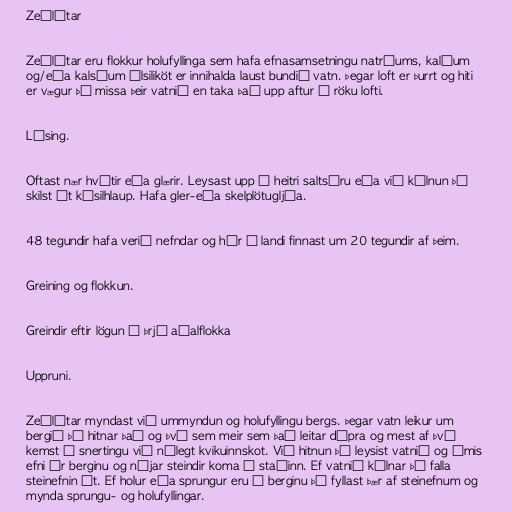
Zeólítar

Zeólítar eru flokkur holufyllinga sem hafa efnasamsetningu natríums, kalíum
og/eða kalsíum álsiliköt er innihalda laust bundið vatn. Þegar loft er þurrt og hiti
er vægur þá missa þeir vatnið en taka það upp aftur í röku lofti.

Lýsing.

Oftast nær hvítir eða glærir. Leysast upp í heitri saltsýru eða við kólnun þá
skilst út kísilhlaup. Hafa gler-eða skelplötugljáa.

48 tegundir hafa verið nefndar og hér á landi finnast um 20 tegundir af þeim.

Greining og flokkun.

Greindir eftir lögun í þrjá aðalflokka

Uppruni.

Zeólítar myndast við ummyndun og holufyllingu bergs. Þegar vatn leikur um
bergið þá hitnar það og því sem meir sem það leitar dýpra og mest af því
kemst í snertingu við nýlegt kvikuinnskot. Við hitnun þá leysist vatnið og ýmis
efni úr berginu og nýjar steindir koma í staðinn. Ef vatnið kólnar þá falla
steinefnin út. Ef holur eða sprungur eru í berginu þá fyllast þær af steinefnum og
mynda sprungu- og holufyllingar.